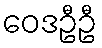
ဝေဒဦဦ